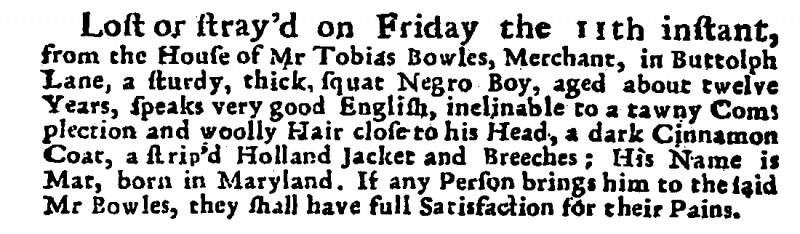
Post Man and the Historical Account, 19 September 1719 (England)
Lost or stray’d on Friday the 11th instant, from the House of Mr Tobias Bowles, Merchant, in Buttolph Lane, a sturdy, thick, squat Negro Boy, aged about twelve Years, speaks very good English, inclinable to a tawny Complection and woolly Hair close to his Head, a dark Cinnamon Coat, a strip’d Holland Jacket and Breeches; His name is Mat, born in Maryland. If any Person brings him to the said Mr Bowles, they shall have full Satisfaction for their Pains.